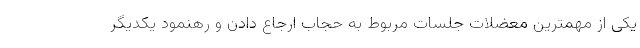
یکی از مهمترین معضلات جلسات مربوط به حجاب ارجاع دادن و رهنمود یکدیگر